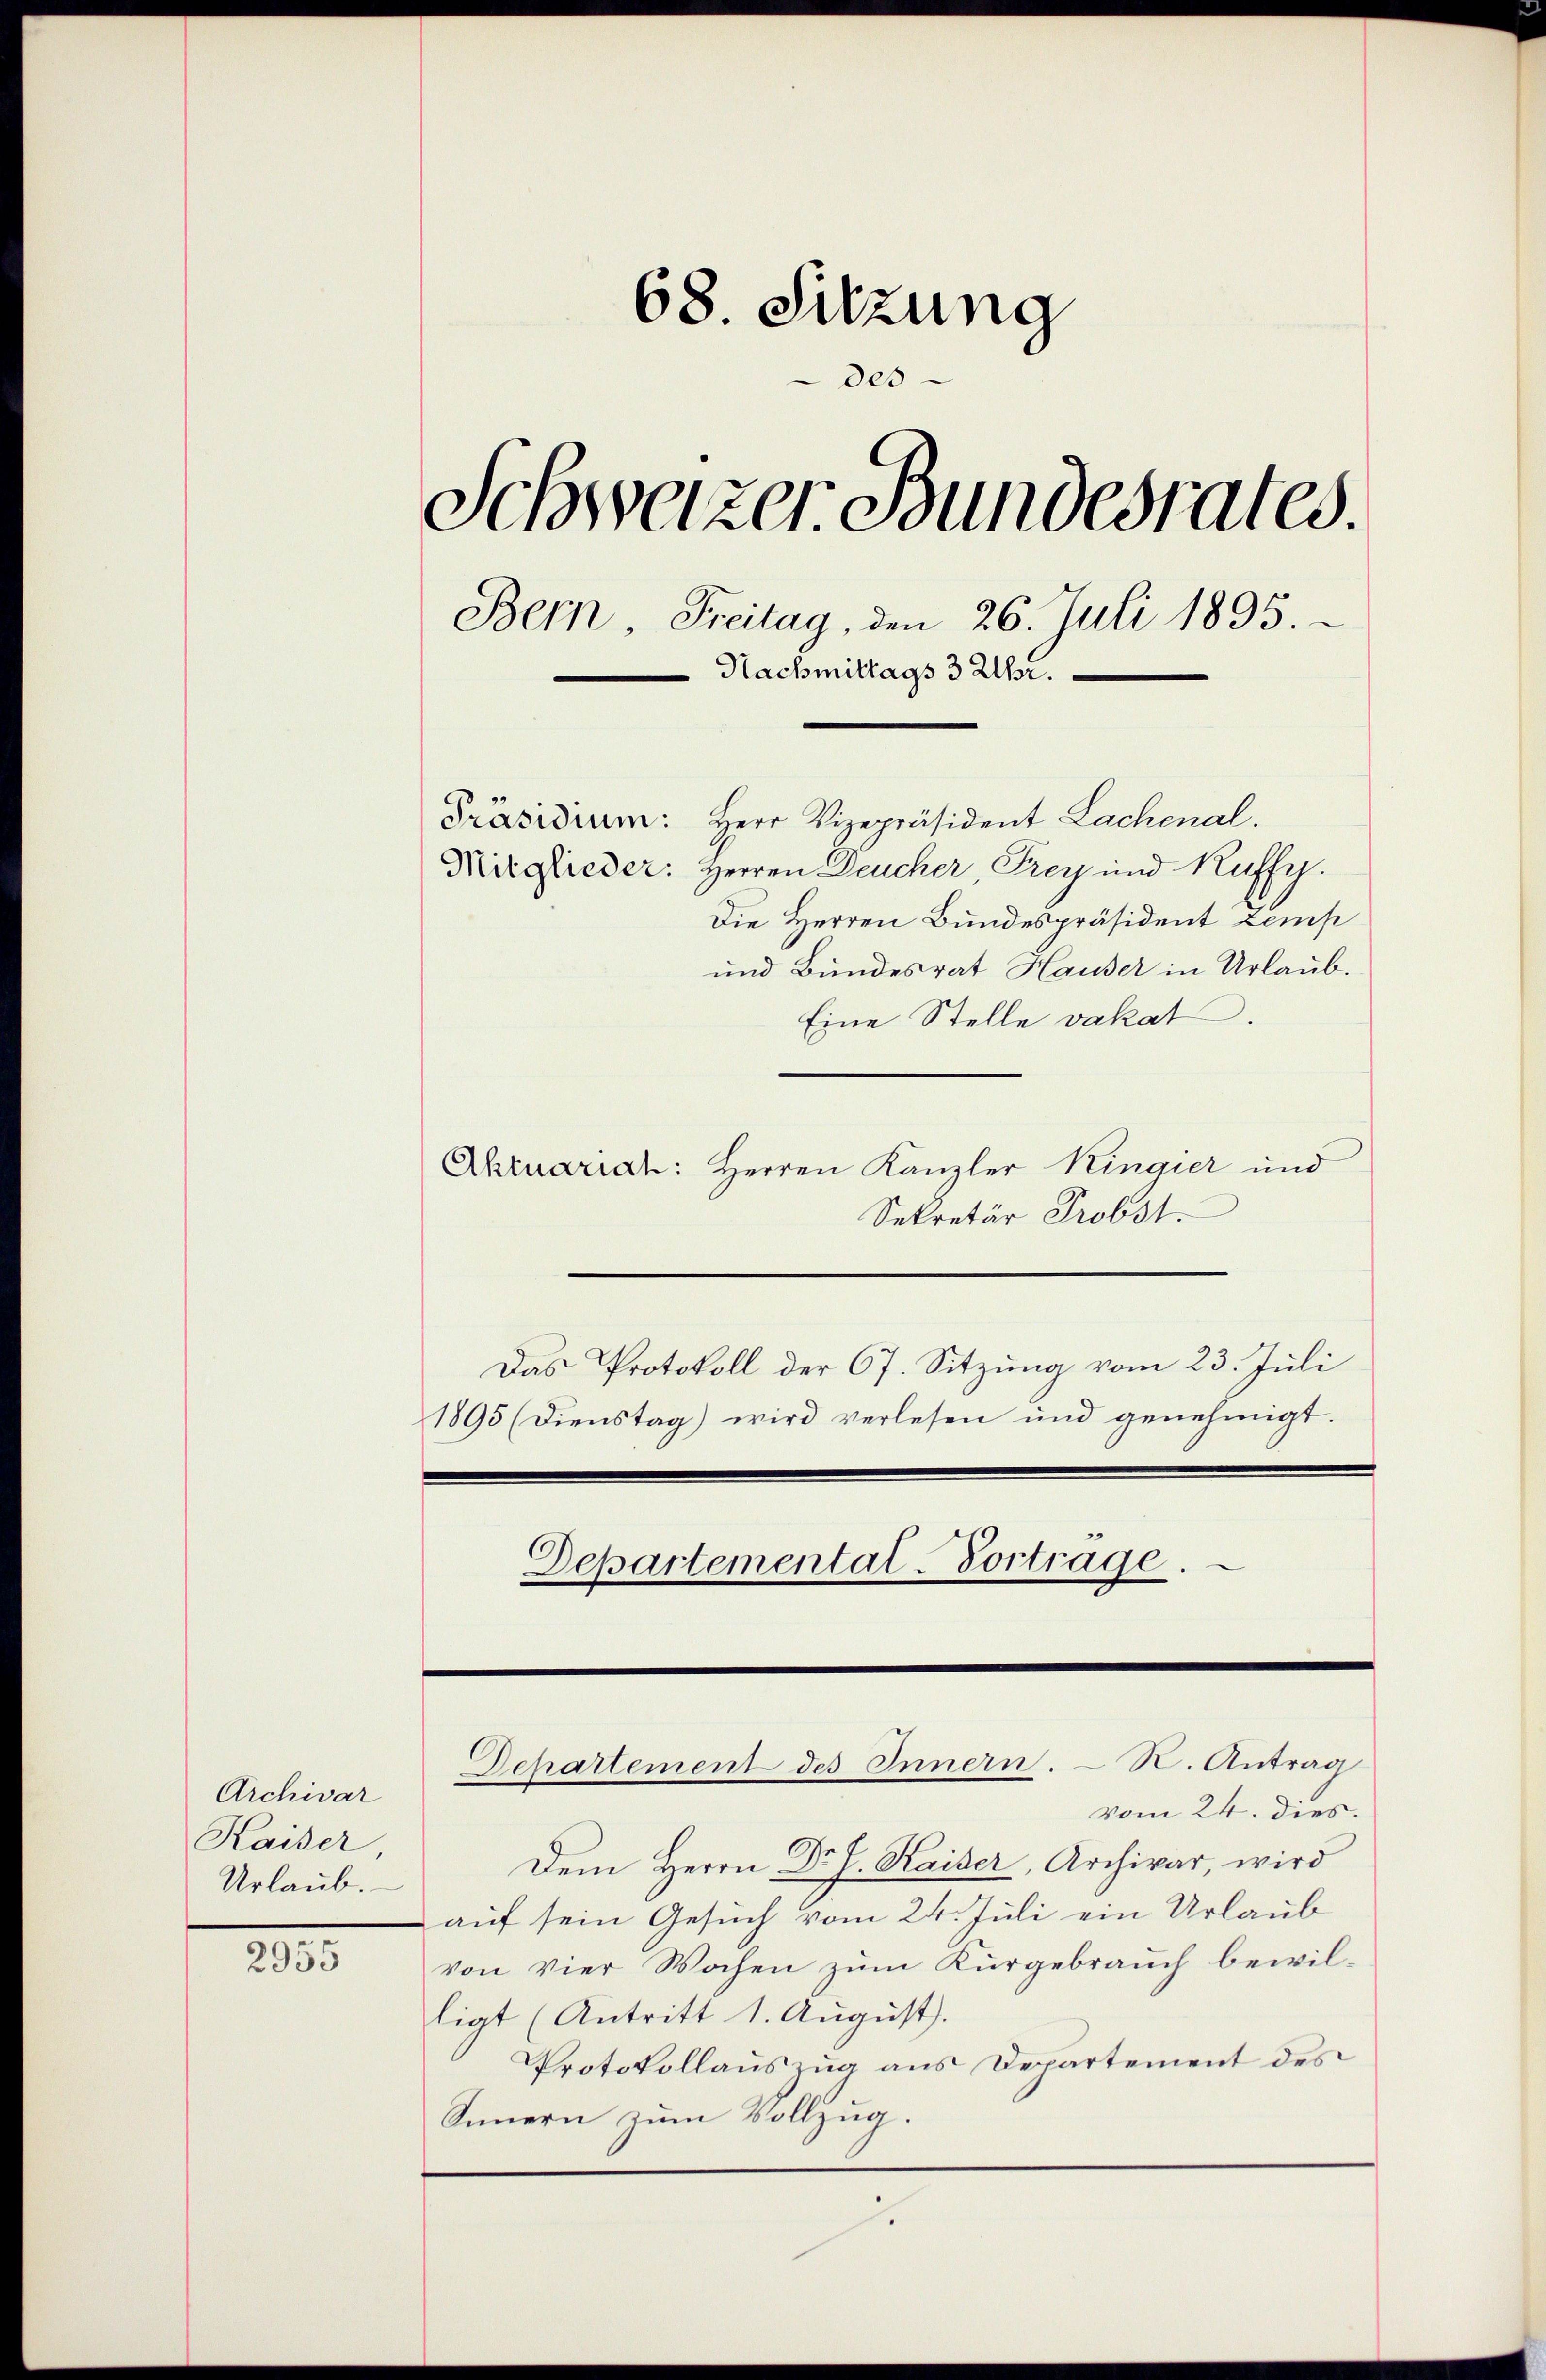
Archivar
Kaiser,
Urlaub.

2955

68 Sitzung
des
Schweizer Bundesrates.
Bern, Freitag, den 26. Juli 1895.
Nachmittags 3 Uhr.
Präsidium: Herr Vizepräsident Lachenal.
Mitglieder: Herren Deucher, Frey und Kuffy.
Die Herren Bundespräsident zemp
und Bundesrat Hauser in Urlaub.

Eine Stelle vakat.
Aktuariat: Herren Kanzler Kingier und
Sekretär Probst.
Das Protokoll der 67. Sitzung vom 23. Juli
1895 (Dienstag) wird verlesen und genehmigt.
e
Departemental-Vortrage.

Departement des Innern. N. Antrag

vom 24. dies.
Dem Herrn Dr J. Kaiser, Archivar, wird
auf sein Gesuch vom 24. Juli ein Urlaub
von vier Wochen zum Kurgebrauch bewilligt (Antritt 1. August.
Protokollauszug aus Departement des
Sinnern zum Vollzug.
.